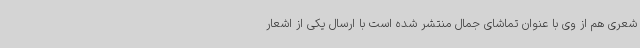
شعری هم از وی با عنوان تماشای جمال منتشر شده است با ارسال یکی از اشعار